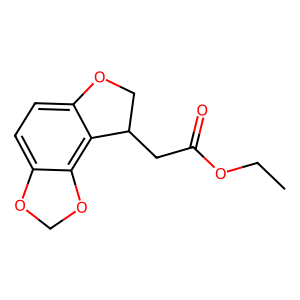
SMILES: CCOC(=O)CC1COc2ccc3c(c21)OCO3
Inhibits HIV replication: No